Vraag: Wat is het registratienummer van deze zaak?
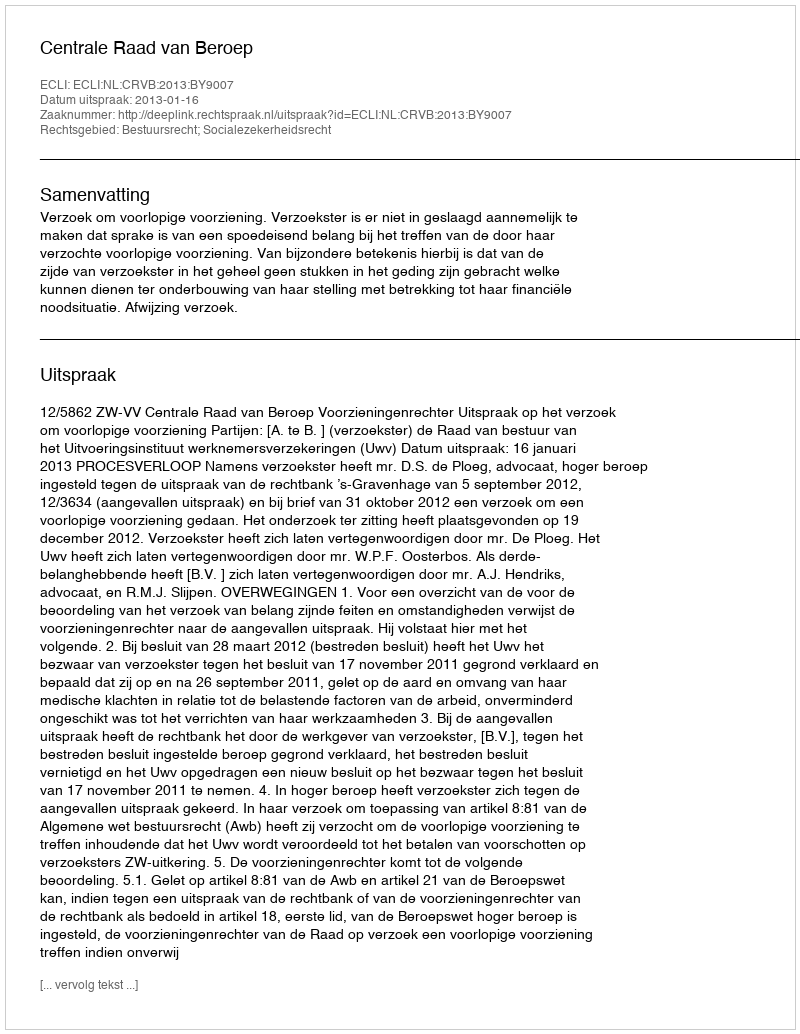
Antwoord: http://deeplink.rechtspraak.nl/uitspraak?id=ECLI:NL:CRVB:2013:BY9007